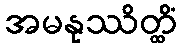
အမနုဿိတ္ထိံ